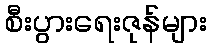
စီးပွားရေးဇုန်များ